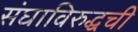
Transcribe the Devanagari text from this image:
संघाविरुद्धची